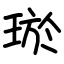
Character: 𤥽